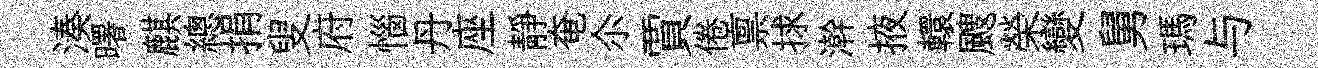
湊曙麒總捐叟府惱丹座靜奄尒賈倦禀捄澣掖轘颼榮變舅瑪与